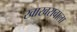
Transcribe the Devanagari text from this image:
खाखरावाला